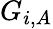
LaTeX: G_{i,A}